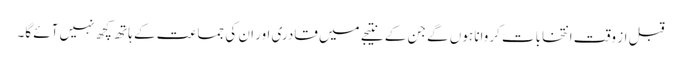
قبل از وقت انتخابات کروانا ہوں گے جن کے نتیجے میں قادری اور ان کی جماعت کے ہاتھ کچھ نہیں آئے گا۔